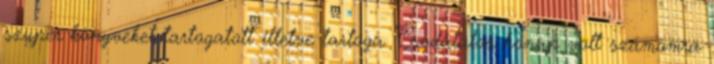
szuper könyveket tartogatott illetve tartoga. Csodálatos hónap volt számomra